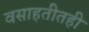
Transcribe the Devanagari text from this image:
वसाहतीतही